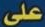
على